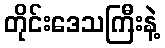
တိုင်းဒေသကြီးနဲ့